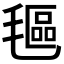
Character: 𬇅